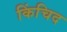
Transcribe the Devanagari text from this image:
किंचिद